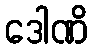
ဒေါဏိ